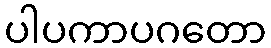
ပါပကာပဂတော